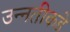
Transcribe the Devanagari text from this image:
उन्‍नतीकडे